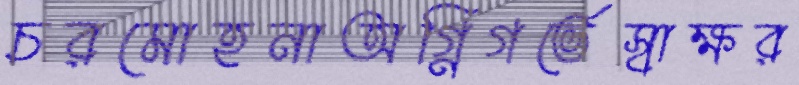
চরমোহনাঅগ্নিগর্ভেস্বাক্ষর